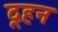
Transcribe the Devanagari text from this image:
दूहन